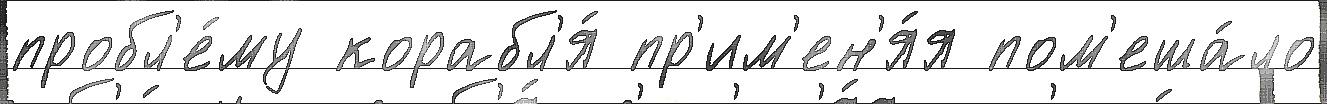
пробл'е́му корабл'я́ пр'им'ен'я́я пом'еша́ло